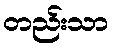
တည်းသာ